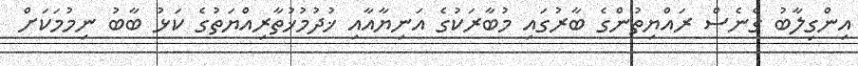
އިންގިލާބު ގެނެސް ރައްޔިތުންގެ ބާރުގައި މުބާރަކުގެ އަނިޔާއާއި ޚުދުމުޚުތާރިއްޔަތުގެ ކަޅު ބާބު ނިމުމަކަށް